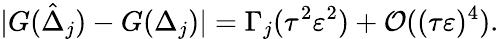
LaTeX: |G(\hat{\Delta}_{j})-G(\Delta_{j})|=\Gamma_{j}(\tau^{2}\varepsilon^{2})+\mathcal{O}((\tau\varepsilon)^{4}).